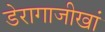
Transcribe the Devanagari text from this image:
डेरागाजीखां